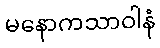
မနောကသာဝါနံ